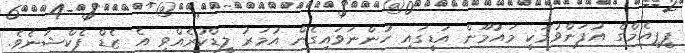
ޕީޕީއެމްގެ އުފަންވުމަކީ މައުމޫން އަޑީގައި ހުންނަވައިގެން އުމަރު ލީޑްކުރެއްވި އެ ޒެޑް ފެކްޝަނެވެ.